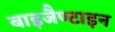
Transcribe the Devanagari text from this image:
बाइजैण्टाइन